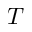
T